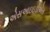
એસઆઇઇડીએસ